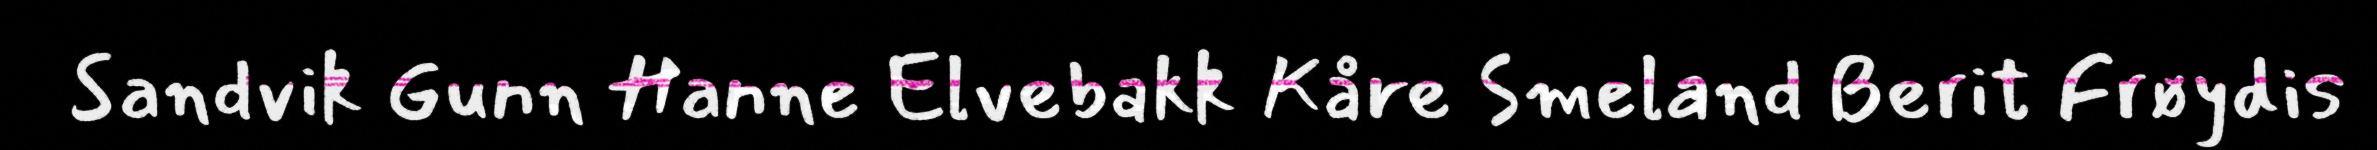
Sandvik Gunn Hanne Elvebakk Kåre Smeland Berit Frøydis